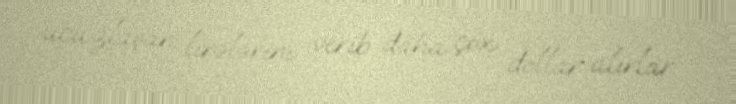
ucuzlaşan lirələrini verib daha çox dollar alırlar.